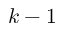
k - 1